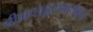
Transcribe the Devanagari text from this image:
श्रीमच्छङ्कराचार्यकृतं